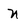
Character: n